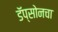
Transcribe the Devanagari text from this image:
डॅप्सोनचा